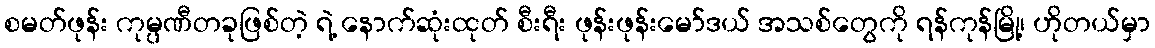
စမတ်ဖုန်း ကုမ္ပဏီတခုဖြစ်တဲ့ ရဲ့ နောက်ဆုံးထုတ် စီးရီး ဖုန်းဖုန်းမော်ဒယ် အသစ်တွေကို ရန်ကုန်မြို့၊ ဟိုတယ်မှာ